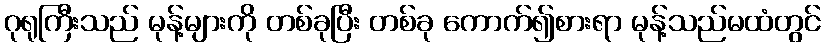
ဂုရုကြီးသည် မုန့်များကို တစ်ခုပြီး တစ်ခု ကောက်၍စားရာ မုန့်သည်မထံတွင်